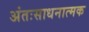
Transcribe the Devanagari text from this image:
अंतःसाधनात्मक